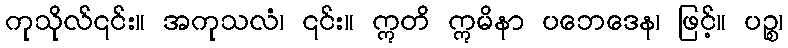
ကုသိုလ်၎င်း။ အကုသလံ၊ ၎င်း။ ဣတိ ဣမိနာ ပဘေဒေန၊ ဖြင့်။ ပဉ္စ၊